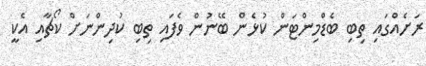
ރަށެއްގައި ތިބި ބެޑްމިންޓަން ކުޅެން ބޭނުން ވެފައި ތިބި ކުދިންނަށް ކޯޗާއި އެކީ